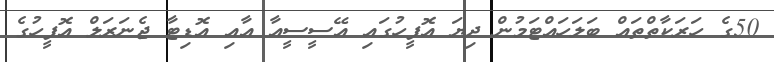
50ގެ ހަރަކާތްތައް ބަލަހައްޓަމުން ދިޔަ އޮފީހުގައި އޭސީސީއާ އާއި އޮޑިޓާ ޖެނަރަލް އޮފީހުގެ